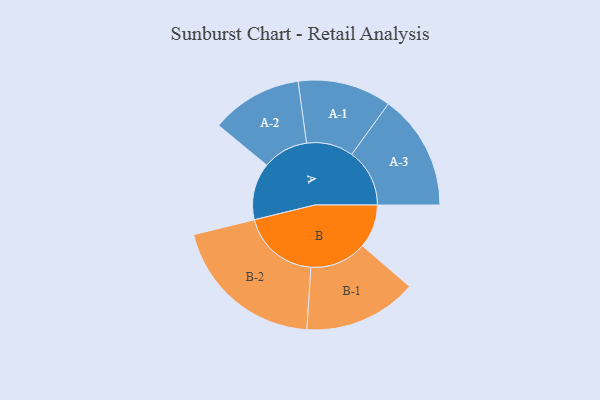
{"axis": {"x": "Segment", "y": "Value"}, "legend": ["", "A", "B"], "data": [{"x": "A", "y": 196, "type": ""}, {"x": "B", "y": 150, "type": ""}, {"x": "A-1", "y": 161, "type": "A"}, {"x": "A-2", "y": 157, "type": "A"}, {"x": "A-3", "y": 199, "type": "A"}, {"x": "B-1", "y": 195, "type": "B"}, {"x": "B-2", "y": 267, "type": "B"}]}